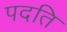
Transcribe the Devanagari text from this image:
पदति